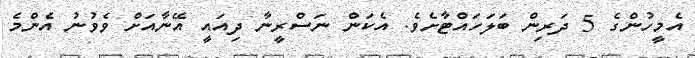
އެމީހުންގެ 5 ދަރިން ބަލަހައްޓާށެވެ. އެކަން ނަސްރީނާ ދިއައީ އޭނާއަށް ވެވުނު އެންމެ